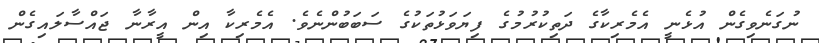
ނުގަނެވިގެން އުޅެނީ އެމެރިކާގެ ދަތިކުރުމުގެ ފިޔަވަޅުތަކުގެ ސަބަބުންނެވެ. އެމެރިކާ އިން އީރާނާ ޖައްސާލައިގެން